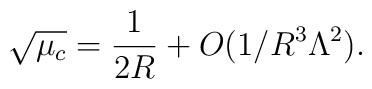
\sqrt{\mu_c} ={1\over 2R}+O(1/R^3 \Lambda^2 ).